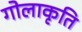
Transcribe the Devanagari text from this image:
गोलाकृति